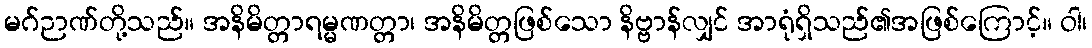
မဂ်ဉာဏ်တို့သည်။ အနိမိတ္တာရမ္မဏတ္တာ၊ အနိမိတ္တဖြစ်သော နိဗ္ဗာန်လျှင် အာရုံရှိသည်၏အဖြစ်ကြောင့်။ ဝါ၊